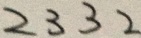
2 3 3 2